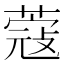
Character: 蔻